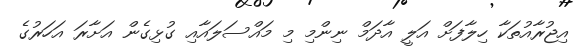
އިޖުރާއުތަކާ ހިލާފަށް އަލީ އާދަމް ނިންމި މި މައްސަލައާއި ގުޅިގެން އަށާރަ އަހަރުގެ